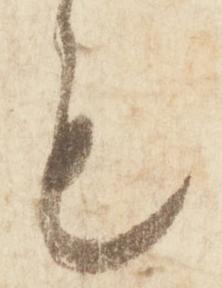
も